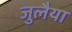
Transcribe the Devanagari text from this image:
जुलैया